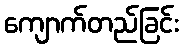
ကျောက်တည်ခြင်း